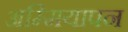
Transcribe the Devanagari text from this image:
अम्मियापन